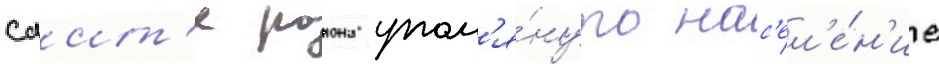
саит'е раиона упом'я́нуто нас'ел'е́н'ие